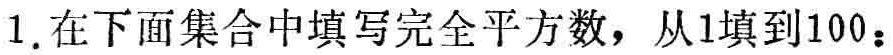
1. 在下面集合中填写完全平方数，从1填到100：